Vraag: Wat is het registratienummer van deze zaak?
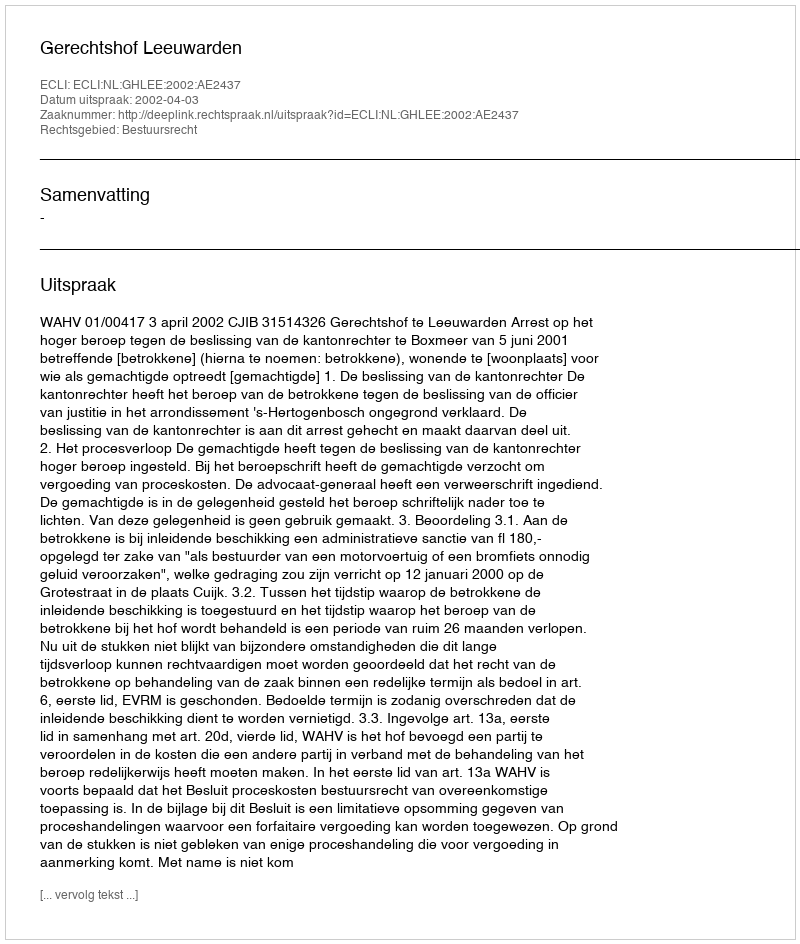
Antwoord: http://deeplink.rechtspraak.nl/uitspraak?id=ECLI:NL:GHLEE:2002:AE2437